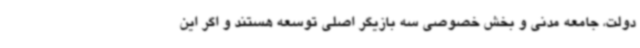
دولت، جامعه مدنی و بخش خصوصی سه بازیگر اصلی توسعه هستند و اگر این